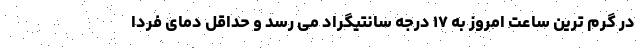
در گرم ترین ساعت امروز به ۱۷ درجه سانتیگراد می رسد و حداقل دمای فردا